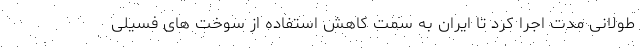
طولانی مدت اجرا کرد تا ایران به سمت کاهش استفاده از سوخت های فسیلی